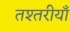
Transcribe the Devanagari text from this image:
तश्तरीयाँ